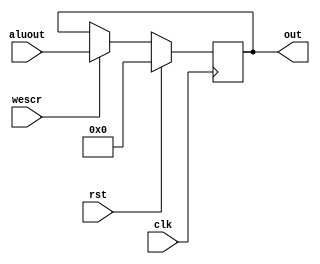
/*
   This file was generated automatically by the Mojo IDE version B1.3.6.
   Do not edit this file directly. Instead edit the original Lucid source.
   This is a temporary file and any changes made to it will be destroyed.
*/

module score_9 (
    input clk,
    input rst,
    input wescr,
    input [15:0] aluout,
    output reg [15:0] out
  );
  
  
  
  reg [15:0] M_score_d, M_score_q = 1'h0;
  
  always @* begin
    M_score_d = M_score_q;
    
    out = M_score_q;
    if (wescr) begin
      M_score_d = aluout;
    end
  end
  
  always @(posedge clk) begin
    if (rst == 1'b1) begin
      M_score_q <= 1'h0;
    end else begin
      M_score_q <= M_score_d;
    end
  end
  
endmodule